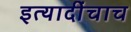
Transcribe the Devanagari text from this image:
इत्यादींचाच